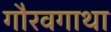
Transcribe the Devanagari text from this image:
गौरवगाथा